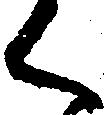
く